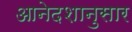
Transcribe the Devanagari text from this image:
आनेदशानुसार